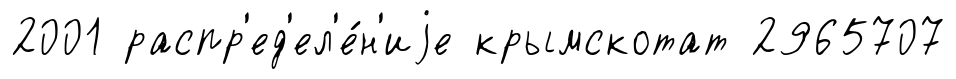
2001 распр'ед'ел'е́н'иjе крымскотат 2965707